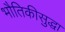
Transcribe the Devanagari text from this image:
भौतिकीसुद्धा